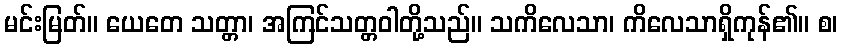
မင်းမြတ်။ ယေတေ သတ္တာ၊ အကြင်သတ္တဝါတို့သည်။ သကိလေသာ၊ ကိလေသာရှိကုန်၏။ စ၊